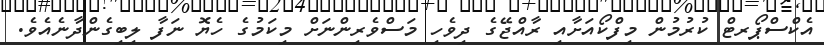
އެކްސްޕޯރޓް ކުރުމުން މިފްކޯއަށާއި ރާއްޖޭގެ ދިވެހި މަސްވެރިންނަށް މިކަމުގެ ހެޔޮ ނަފާ ލިބިގެންދާނެއެވެ.